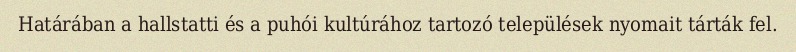
Határában a hallstatti és a puhói kultúrához tartozó települések nyomait tárták fel.